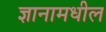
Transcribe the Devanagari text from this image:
ज्ञानामधील